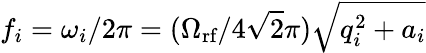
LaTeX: f_{i}=\omega_{i}/2\pi=(\Omega_{\textrm{rf}}/4\sqrt{2}\pi)\sqrt{q_{i}^{2}+a_{i}}